65_HS1-834228961_62-HQ-83894_Section_5
Agency: FBI
Page 15
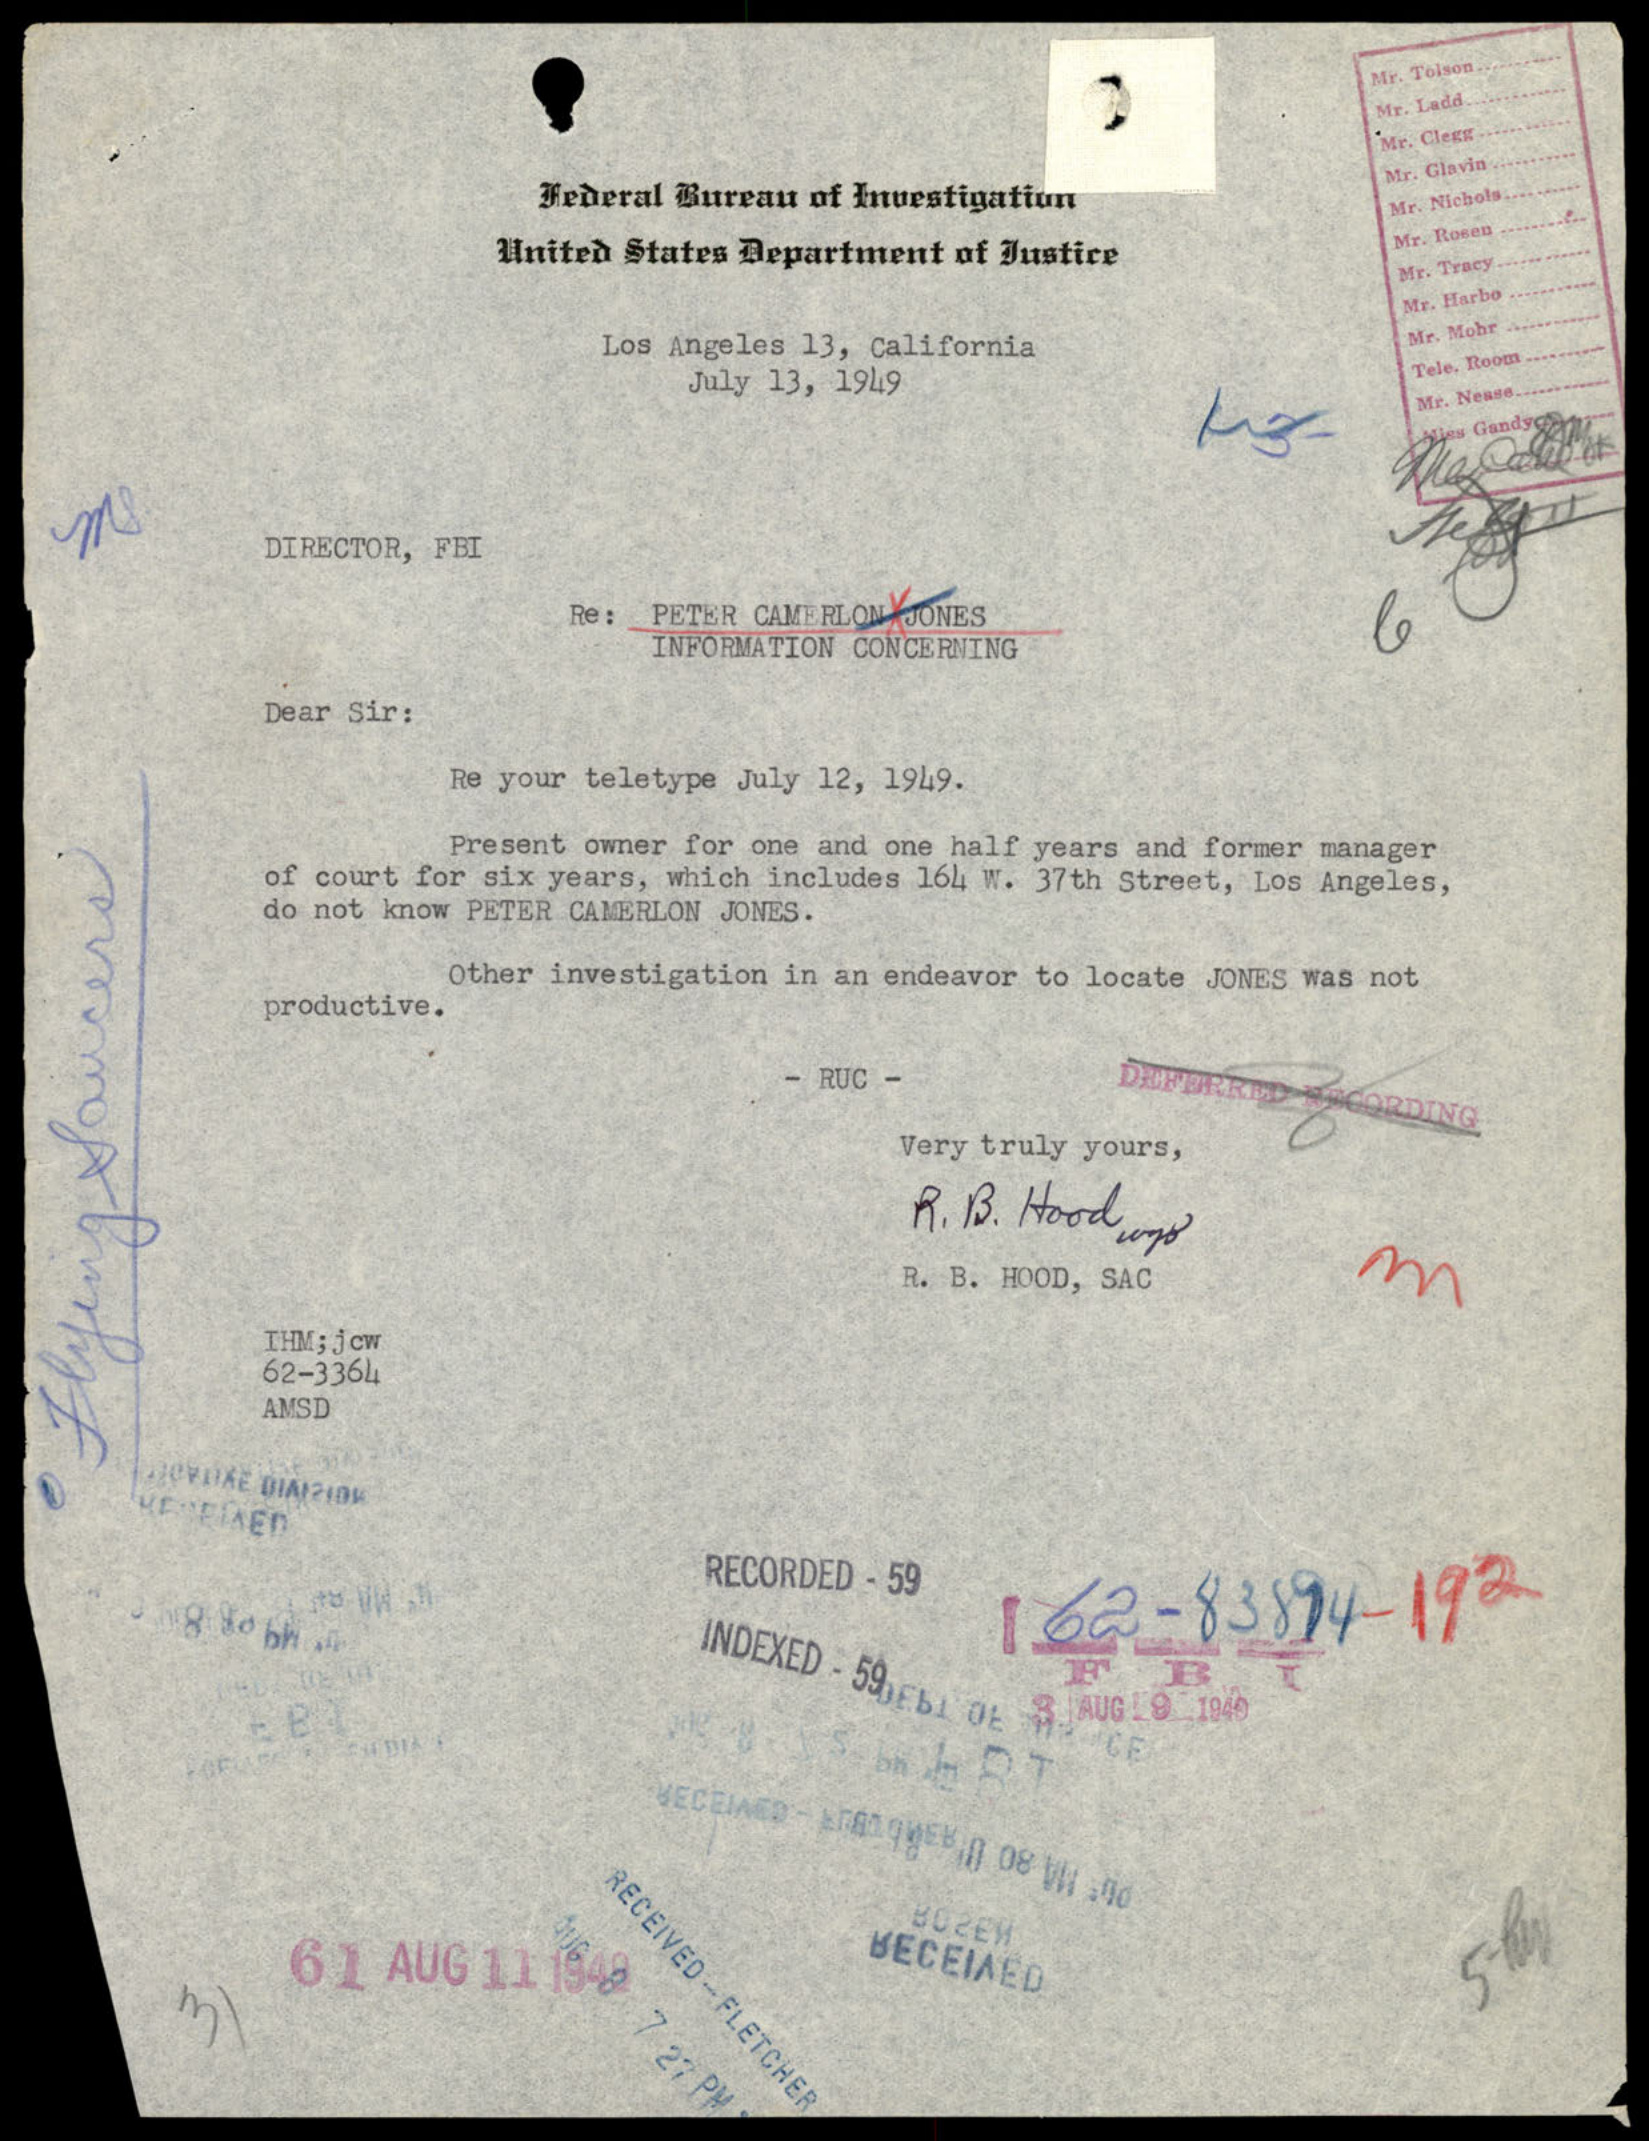